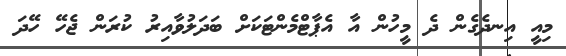
މިއީ އިނދެގެން ދެ މީހުން އާ އެޕާޓްމެންޓަކަށް ބަދަލުވާއިރު ކުރަން ޖެހޭ ހޭދަ